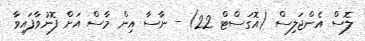
ލޮސް އެންޖަލިސް (އޮގަސްޓް 22) - ނާސާ އިން މާސް އަށް ފޮނުވާފައިވާ